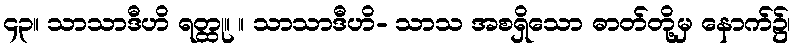
၄၃။ သာသာဒီဟိ ရတ္ထု။ ။ သာသာဒီဟိ- သာသ အစရှိသော ဓာတ်တို့မှ နောက်၌၊